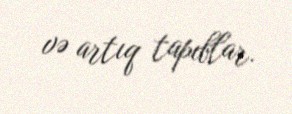
və artıq tapıblar.